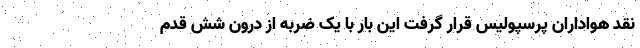
نقد هواداران پرسپولیس قرار گرفت این بار با یک ضربه از درون شش قدم